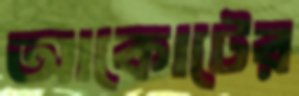
আকোটের